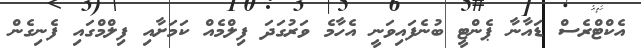
އެކްޓްރެސް ޑައާނާ ޕެންޓީ ބުނެފައިވަނީ އެހާމެ ވަރުގަދަ ފިލްމެއް ކަމަށާއި ފިލްމްގައި ފެނިގެން